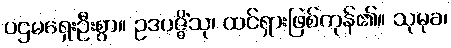
ပဌမရှေးဦးစွာ။ ဥဒပဇ္ဇိံသု၊ ထင်ရှားဖြစ်ကုန်၏။ သုမုခ၊